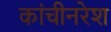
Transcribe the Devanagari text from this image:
कांचीनरेश